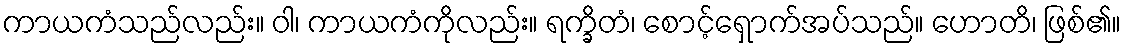
ကာယကံသည်လည်း။ ဝါ၊ ကာယကံကိုလည်း။ ရက္ခိတံ၊ စောင့်ရှောက်အပ်သည်။ ဟောတိ၊ ဖြစ်၏။